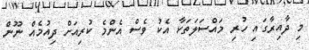
މި ދާއިރާގައި ހުރި މައްސަލަތަކާ އެކު ވެސް އެންމެ ކުރިއަށް ދިއުމެއް ނޫން